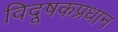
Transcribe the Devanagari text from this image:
विदूषकप्रधान